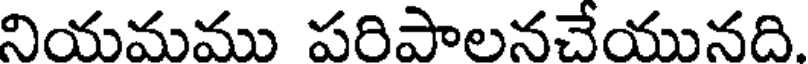
నియమము పరిపాలనచేయునది